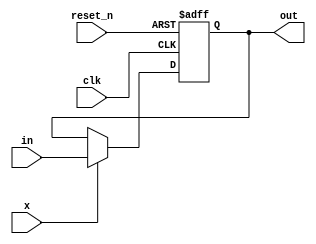
module PC  (clk,reset_n,in,x,out);
	
	input clk;
	input reset_n;
	input x;
	input [16-1:0] in;
	output reg [16-1:0] out;
	
	always @(negedge(clk) or negedge(reset_n))
		begin
			if(reset_n==1'b0) 		out=16'h0000;
			else if(x==1'b1) 	 	out<=in;
		end
endmodule